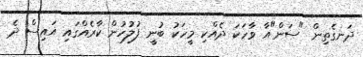
ދަނގެތިން "ސަން"އާ ވާހަކަ ދެއްކި މީހަކު ބުނީ ފުލުހުން ކާރެއްގައި އައިސް ދެ